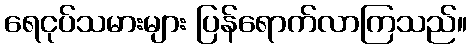
ရေငုပ်သမားများ ပြန်ရောက်လာကြသည်။